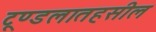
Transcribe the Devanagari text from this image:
टूण्डलातहसील